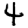
Digit: 4